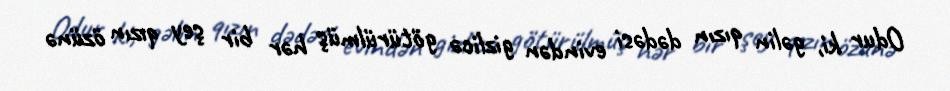
Odur ki, gəlin qızın dədəsi evindən gizlicə götürülmüş hər bir şey qızın özünə